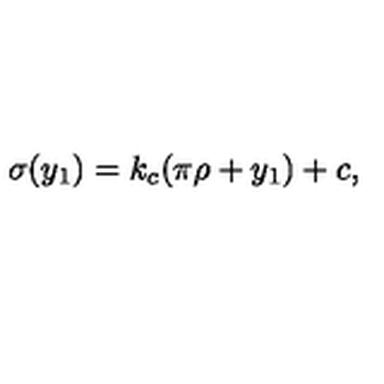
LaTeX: \sigma ( y _ { 1 } ) = k _ { c } ( \pi \rho + y _ { 1 } ) + c , \,